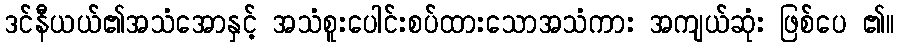
ဒင်နီယယ်၏အသံအောနှင့် အသံစူးပေါင်းစပ်ထားသောအသံကား အကျယ်ဆုံး ဖြစ်ပေ ၏။